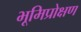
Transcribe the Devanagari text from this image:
भूमिप्रोक्षण